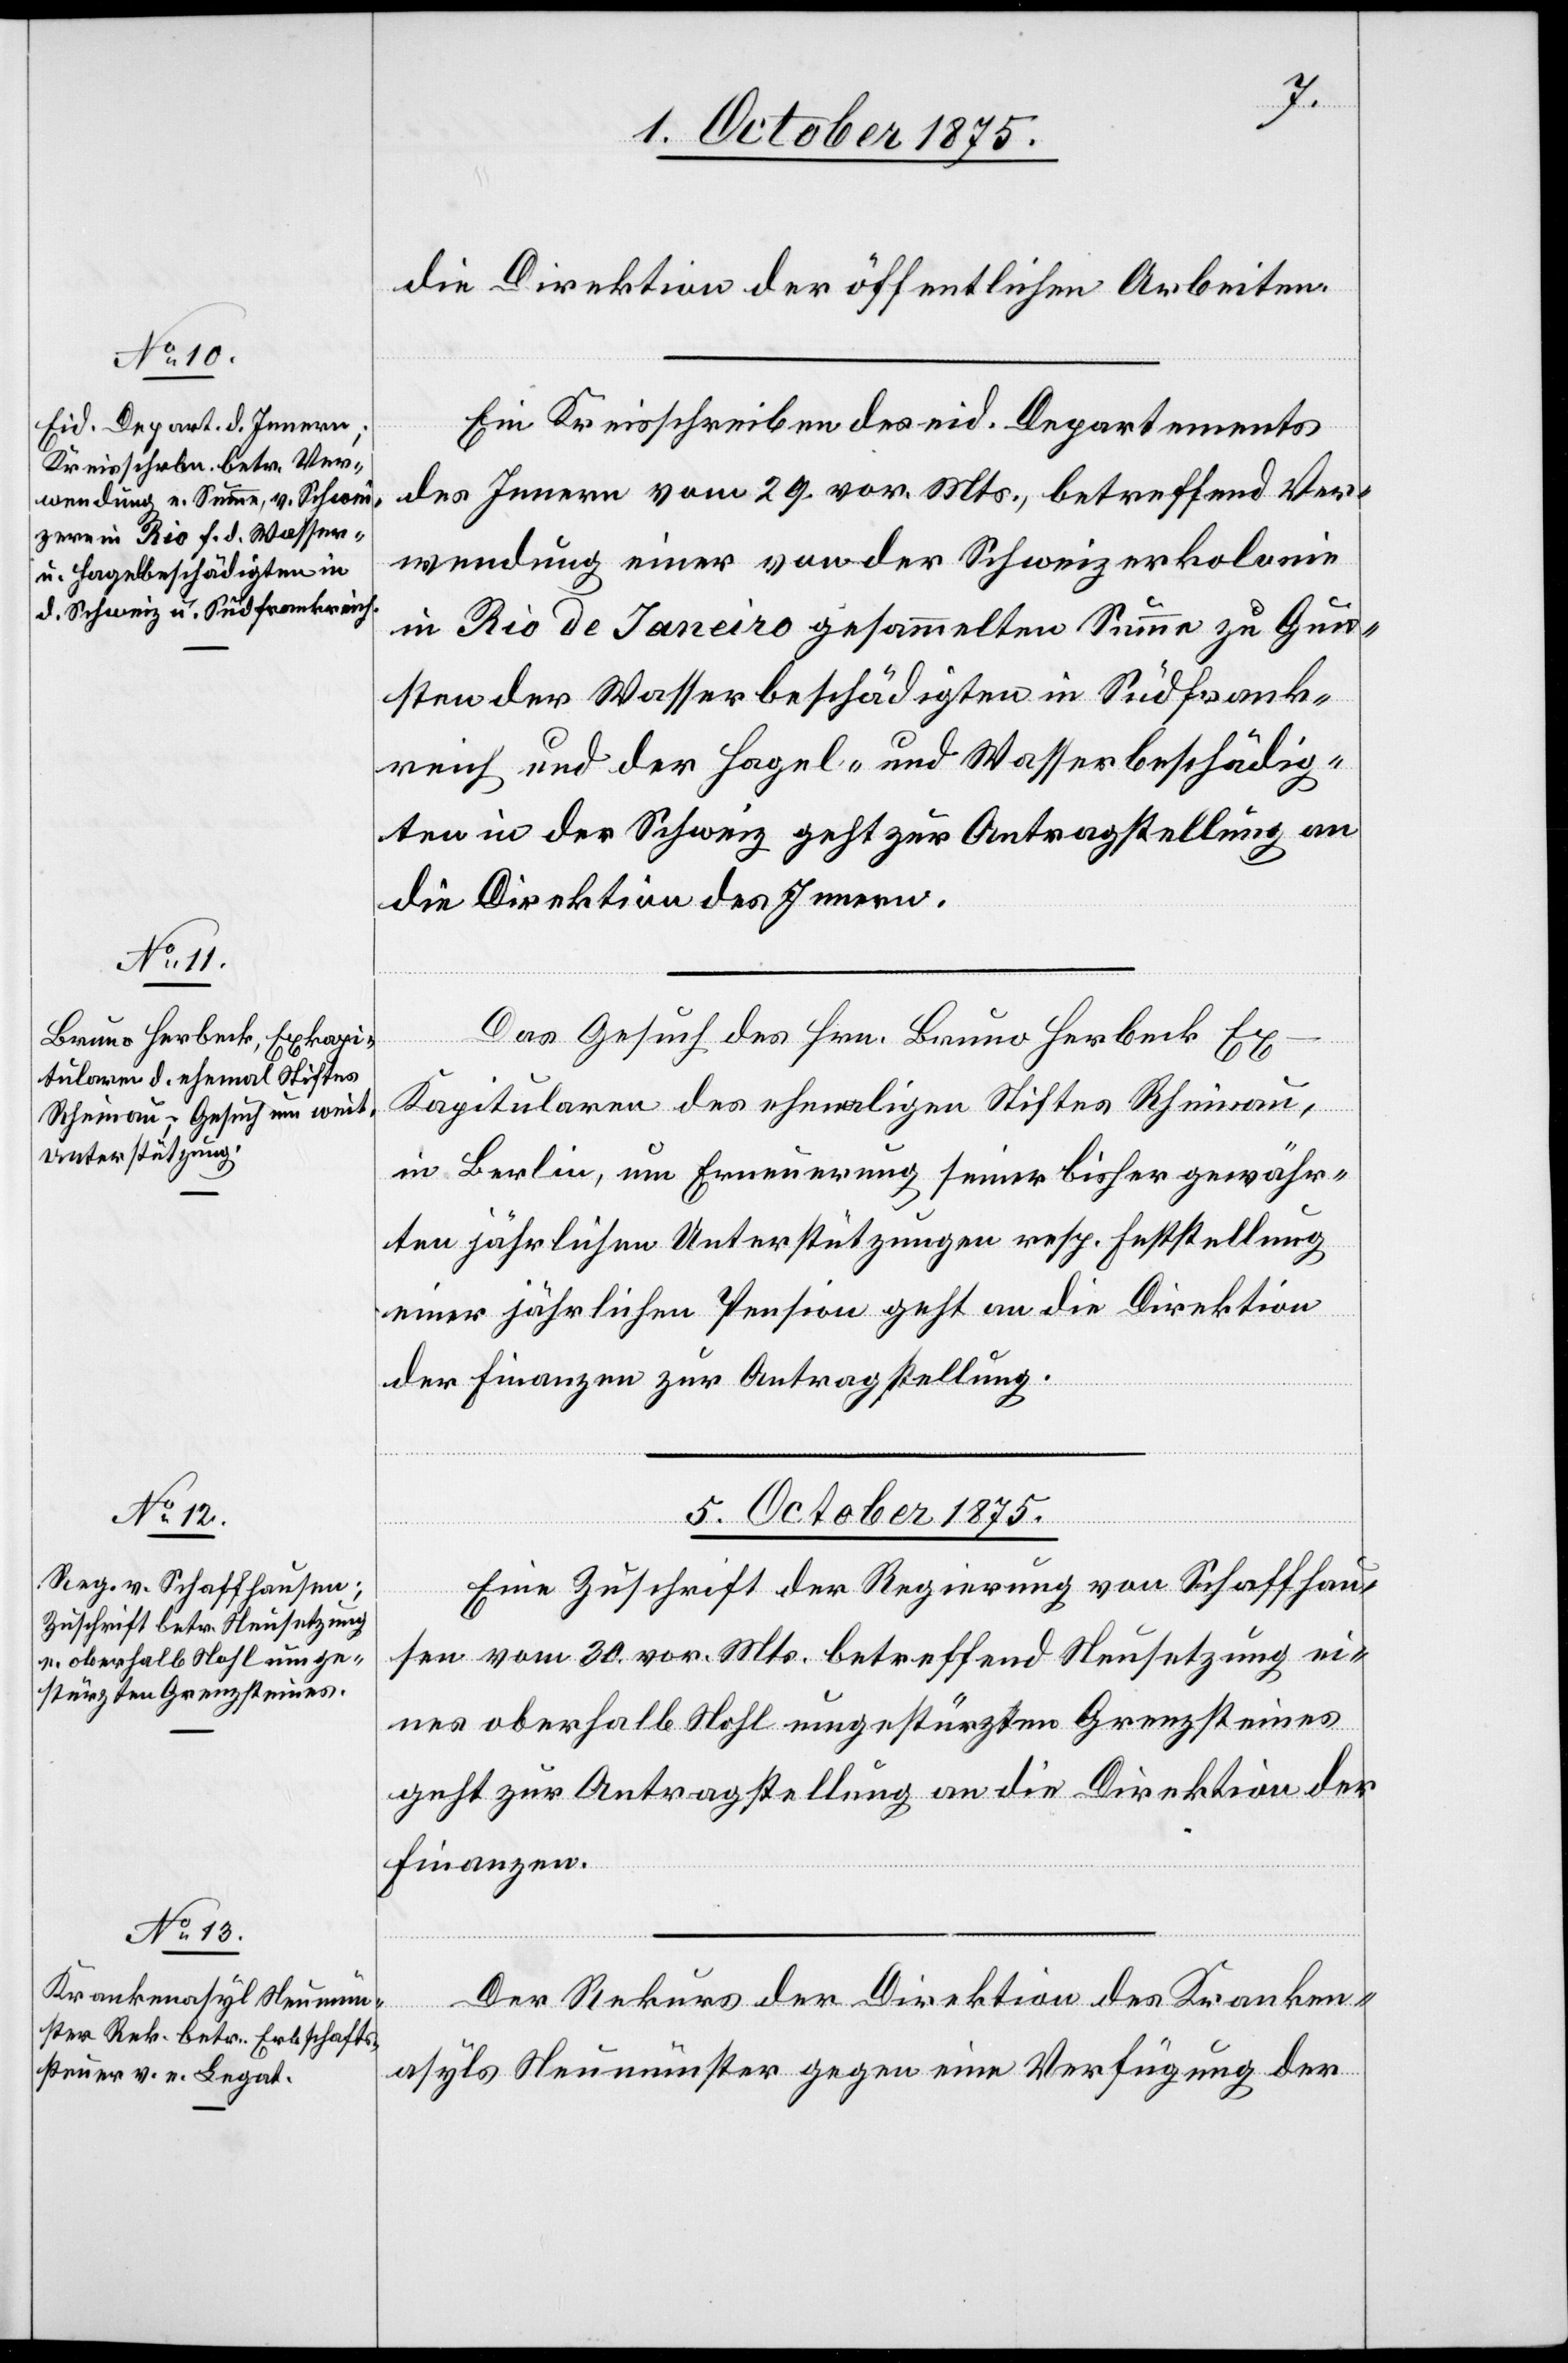
23.
2. October 1875.]
Ein Kreisschreiben des eid. Departements
des Innern vom 29. vor. Mts., betreffend Ver¬
wendung einer von der Schweizerkolonie
in Rio de Janeiro gesammelten Summe zu Gun¬
sten der Wasserbeschädigten in Südfrank¬
reich und der Hagel- und Wasserbeschädig¬
ten in der Schweiz geht zur Antragstellung an
die Direktion des Innern.
Das Gesuch des Hrn. Bruno Herbeck Ex-K¬
apitularen des ehemaligen Stiftes Rheinau,
in Berlin, um Erneuerung seiner bisher gewähr¬
ten jährlichen Unterstützungen resp. Feststellung
einer jährlichen Pension geht an die Direktion
der Finanzen zur Antragstellung.
5. October 1875.]
wortung.
Eine Zuschrift der Regierung von Schaffhau¬
sen vom 30. vor. Mts. betreffend Neusetzung ei¬
nes oberhalb Nohl umgestürzten Grenzsteines
geht zur Antragstellung an die Direktion der
Finanzen
Der Rekurs der Direktion des Kranken¬
Direktion der
asyls Neumünster gegen eine Verfügung der